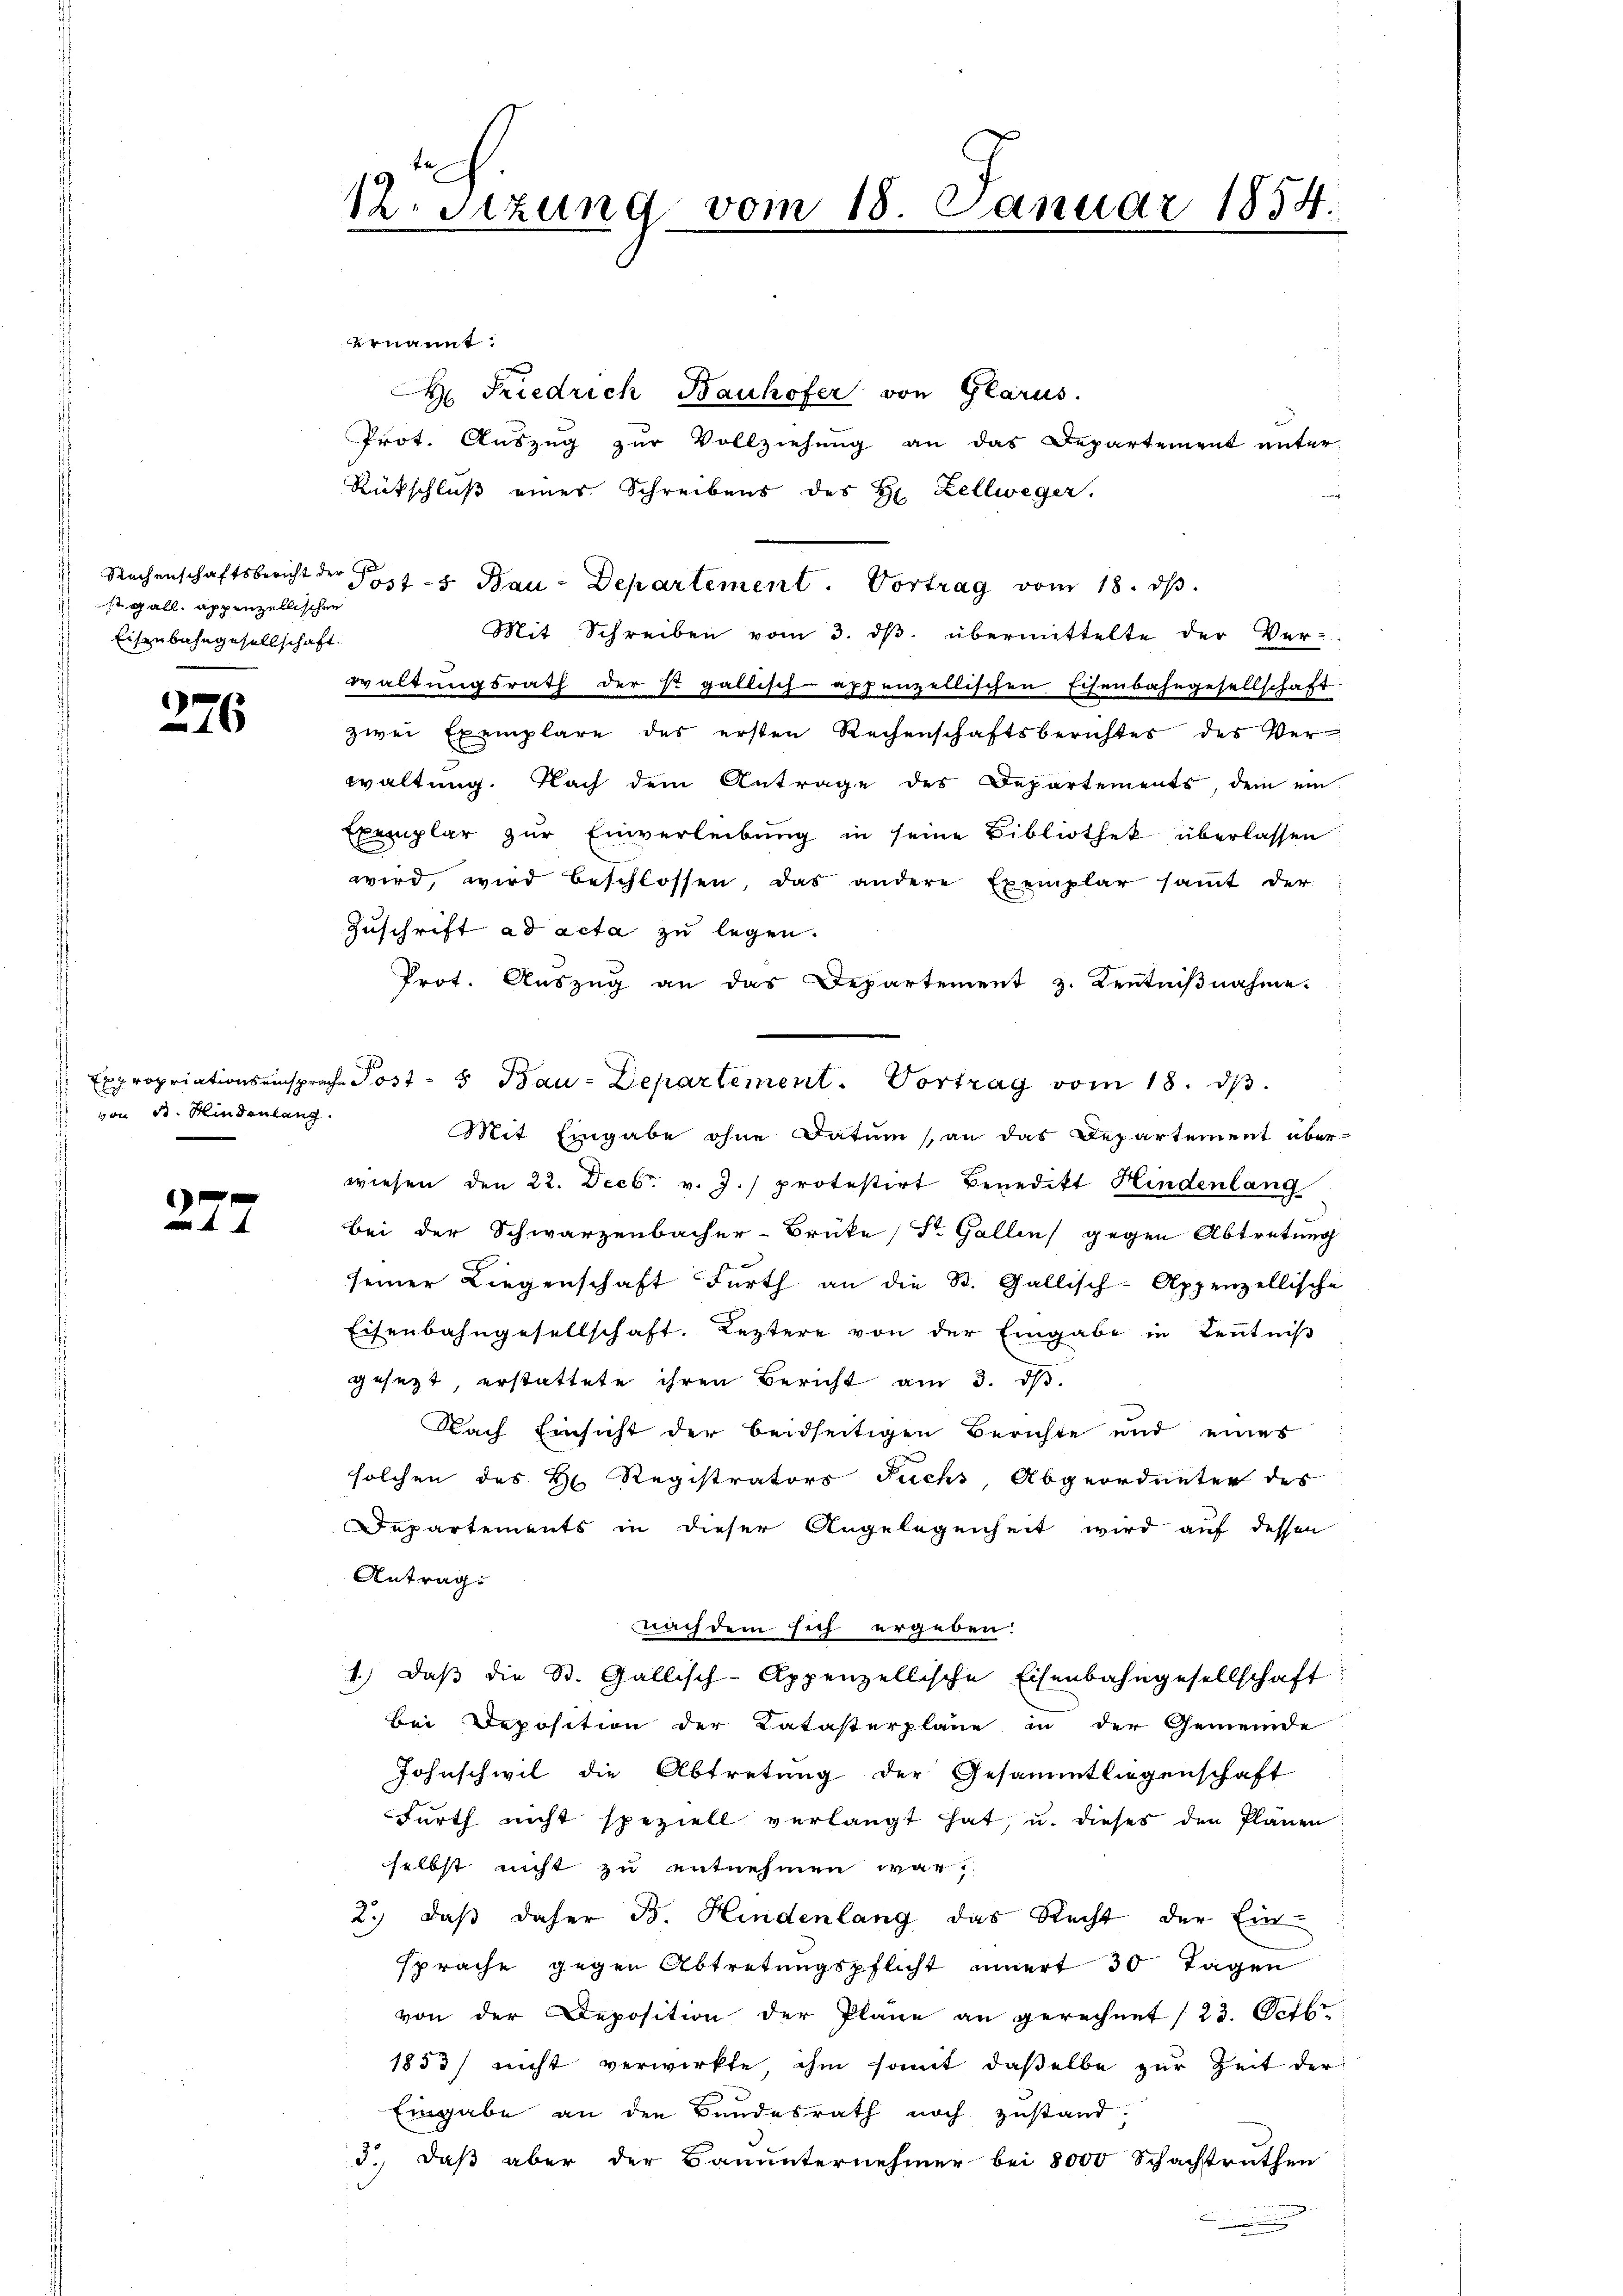
sn gall, appenzellischen
s
Eisenbahngesellschaft.

226

von B. Hindenlang

227

12. Sitzung vom 18. Januar 1854.

ernannt:
 Friedrich Bauhofer von Glarus.
Prot. Auszug zur Vollziehung an das Departement unter-
Rütschluß eines Schreibens des Hr. Zellweger.
 Rechenschaftsbericht der Post - Bau-Departement. Vortrag vom 18. dβ.
Mit Schreiben vom 3. ds. übermittelte der Ver-
waltungsrath der so gallisch- appenzellischen Eisenbahngesellschaft:
zwei Exemplare des ersten Rechenschaftsberichtes des Ver
waltung. Nach dem Antrage des Departements, dem ein
Exemplar zur Einverleibung in seine Bibliothek überlassen
wird, wird beschlossen, das andere Exemplar samt der
Zuschrift ad acta zu legen.
Prot. Auszug an das Departement z. Kenntnißnahme.
Expropriationseinsprache Post - 5 Bau-Departement. Vortrag vom 18. dβ.
Mit Eingabe ohne Datum (an das Departement über-
wiesen den 22. Decbr. v. J.) protestirt Benedikt Hindenlang
Bei der Schwarzenbacher-Brüke Str. Gallen gegen Abtretung
seiner Liegenschaft Fürth an die St. Gallisch-Appenzellische
Eisenbahngesellschaft. Leztere von der Eingabe in Kenntniß
gesezt, erstattete ihren Bericht am 3. ds.
Nach Einsicht der beidseitigen Berichte und eines
solchen des H. Registrators Fuchs, Abgeordneter des
Departements in dieser Angelegenheit wird auf dessen
Antrag:
nach dem sich ergeben:
1.) Daß die St. Gallisch-Appenzellische Eisenbahngesellschaft
Bei Deposition der Katasterplane in der Gemeinde
Johnschwil die Abtretung der Gesammtliegenschaft
Fürth nicht speziell verlangt hat, u. dieses den Plänen
selbst nicht zu entnehmen war.
2.) daß daher B. Hindenlang das Recht der Ein-
sprache gegen Abtretungspflicht innert 30 Tagen
von der Deposition der Plane an gerechnet (23. Octbr
1853) nicht verwirkte, ihm somit daßelbe zur Zeit der
Eingabe an den Bundesrath noch zustand,
3.) Daß aber der Bauunternehmer bei 8000 Schachtruthen